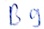
Text: B9